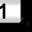
Digit: 1